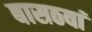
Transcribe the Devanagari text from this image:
बासठवां